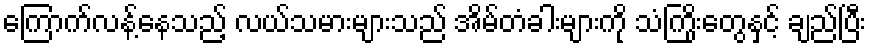
ကြောက်လန့်နေသည့် လယ်သမားများသည် အိမ်တံခါးများကို သံကြိုးတွေနှင့် ချည်ပြီး